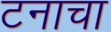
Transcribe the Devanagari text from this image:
टनाचा